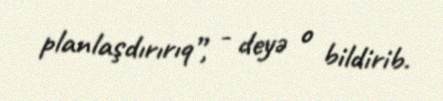
planlaşdırırıq”, - deyə o bildirib.